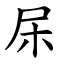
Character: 杘